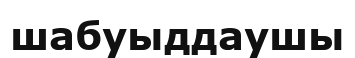
шабуыддаушы